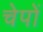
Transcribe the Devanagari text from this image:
चेपों